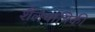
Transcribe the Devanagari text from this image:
शैलयांत्रिकी